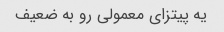
یه پیتزای معمولی رو به ضعیف